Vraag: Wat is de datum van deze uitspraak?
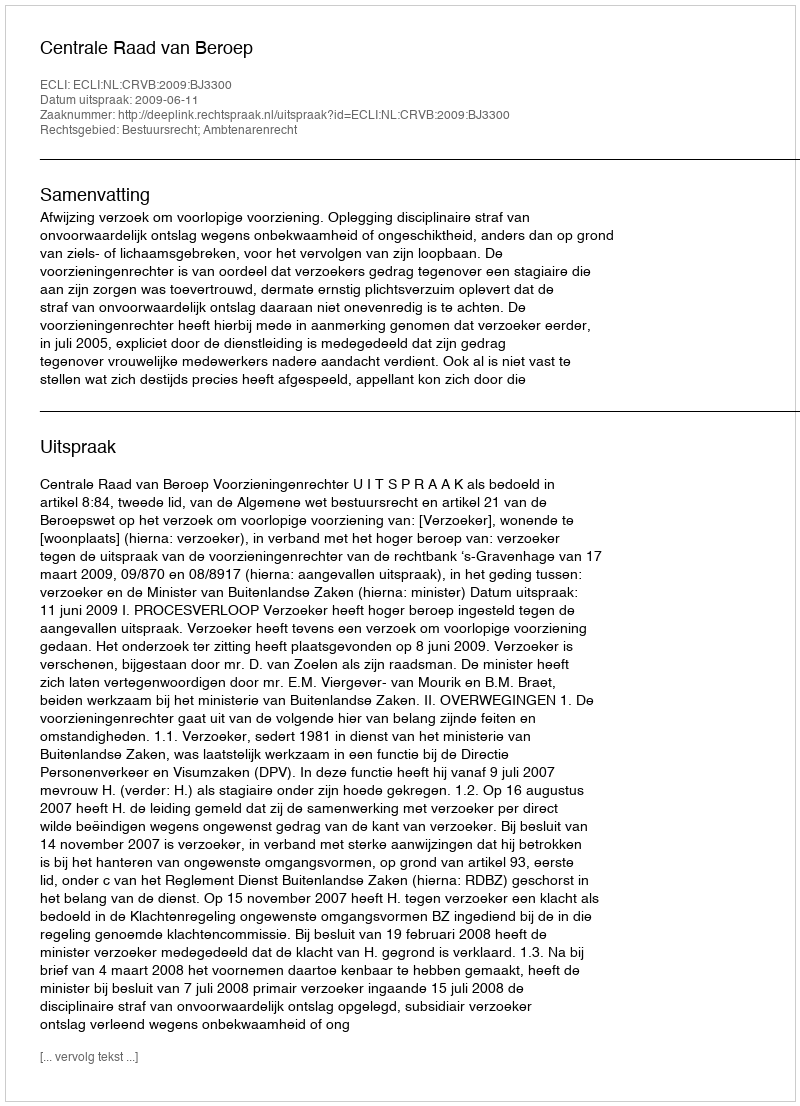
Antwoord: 2009-06-11